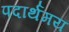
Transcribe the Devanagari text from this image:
पदार्थमय